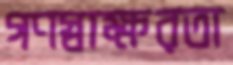
গণস্বাক্ষরতা